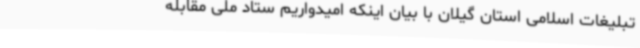
تبلیغات اسلامی استان گیلان با بیان اینکه امیدواریم ستاد ملی مقابله